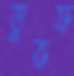
তুরুফ